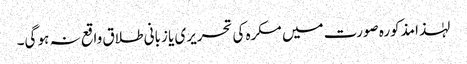
لہٰذا مذکورہ صورت میں مکرہ کی تحریری یا زبانی طلاق واقع نہ ہو گی۔